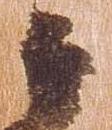
云